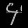
Digit: ၄